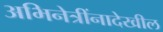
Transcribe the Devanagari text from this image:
अभिनेत्रींनादेखील